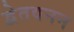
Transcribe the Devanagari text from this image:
द्वेतवनन